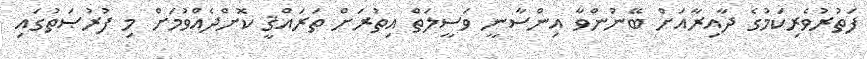
ފަތުރުވެރިކަމުގެ ދާއިރާއަށް ބޭނުންވާ އިންސާނީ ވަސީލަތް އިތުރަށް ތަރައްޤީ ކޮށްދެއްވުމަށް މި ފުރުޞަތުގައި